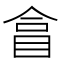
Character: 𥅽